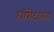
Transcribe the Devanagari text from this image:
धीरोदात्तता